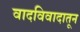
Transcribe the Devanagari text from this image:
वादविवादातून